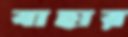
বাহার